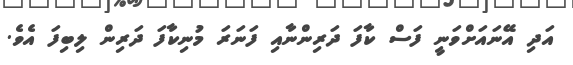
އަދި އޭނައަށްވަނީ ފަސް ކާފަ ދަރިންނާއި ފަނަރަ މުނިކާފަ ދަރިން ލިބިފަ އެވެ.